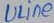
Text: ULine